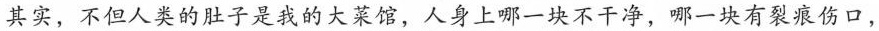
其实，不但人类的肚子是我的大菜馆，人身上哪一块不干净，哪一块有裂痕伤口，